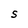
Character: S